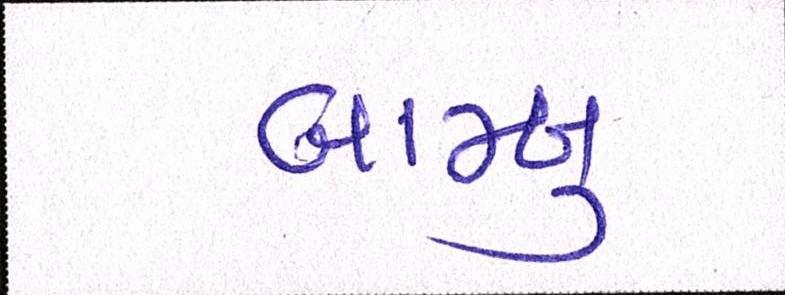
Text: બામ્બુ